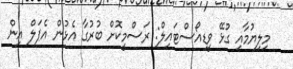
މިލިޔުމާއި ގުޅޭ ވީޑިއޯސްޓައިލް: ރަސްމީކޮށް ބުރުގާ އެޅުން އެޕަލް އިން